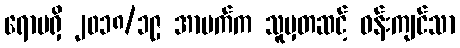
ရောမရှိ ၂၀၁၈/၁၉ အာမက်က သူမှတဆင့် ဝန်းကျင်သာ